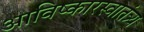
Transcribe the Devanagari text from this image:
आविष्कारस्वातंत्र्य